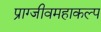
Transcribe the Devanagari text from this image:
प्राग्जीवमहाकल्प